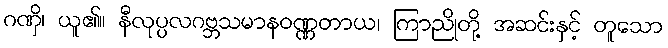
ဂဏှိ၊ ယူ၏။ နီလုပ္ပလဂဗ္ဘသမာနဝဏ္ဏတာယ၊ ကြာညိုတို့ အဆင်းနှင့် တူသော